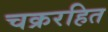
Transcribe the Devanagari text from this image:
चक्ररहित